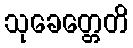
သုခေတ္တေတိ